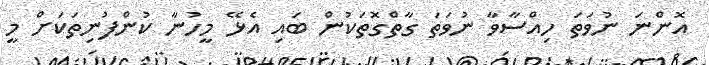
އޮންނަ ނުވަތަ ހިއްސާވާ ނުވަތަ ގާތްގޮތަކުން ބައި އެޅޭ މީހުނާ ކުންފުނިތަކަށް މީ